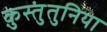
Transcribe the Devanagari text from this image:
क़ुस्तुंतुनिया